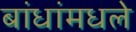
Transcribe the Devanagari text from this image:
बांधांमधले